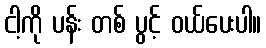
ငါ့ကို ပန်း တစ် ပွင့် ဝယ်ပေးပါ။